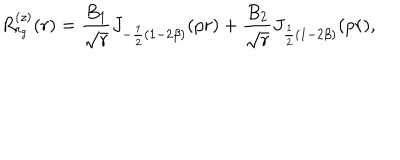
R _ { r _ { g } } ^ { ( z ) } ( r ) = \frac { B _ { 1 } } { \sqrt { r } } J _ { - \frac { 1 } { 2 } ( 1 - 2 \beta ) } ( p r ) + \frac { B _ { 2 } } { \sqrt { r } } J _ { \frac { 1 } { 2 } ( 1 - 2 \beta ) } ( p r ) ,